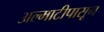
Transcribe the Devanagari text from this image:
अल्माटीपासून